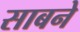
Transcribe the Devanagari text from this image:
साबने